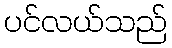
ပင်လယ်သည်